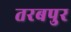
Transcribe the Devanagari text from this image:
तरबपुर